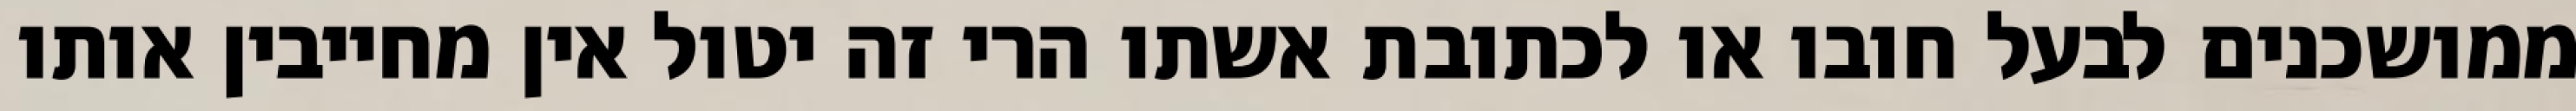
ממושכנים לבעל חובו או לכתובת אשתו הרי זה יטול אין מחייבין אותו